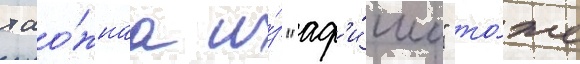
тао́жнаа и́з "аф'и́ши" то́же